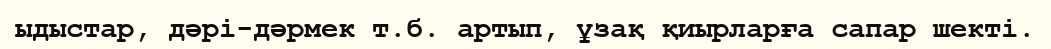
ыдыстар, дәрі-дәрмек т.б. артып, ұзақ қиырларға сапар шекті.